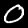
Label: 0